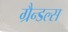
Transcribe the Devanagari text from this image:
ग्रैन्डल्स